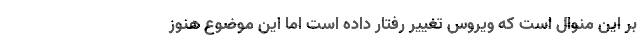
بر این منوال است که ویروس تغییر رفتار داده است اما این موضوع هنوز